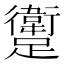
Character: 躗